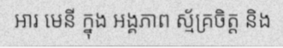
អារ មេនី ក្នុង អង្គភាព ស្ម័គ្រចិត្ត និង